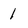
Character: 1